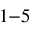
_ { 1 - 5 }